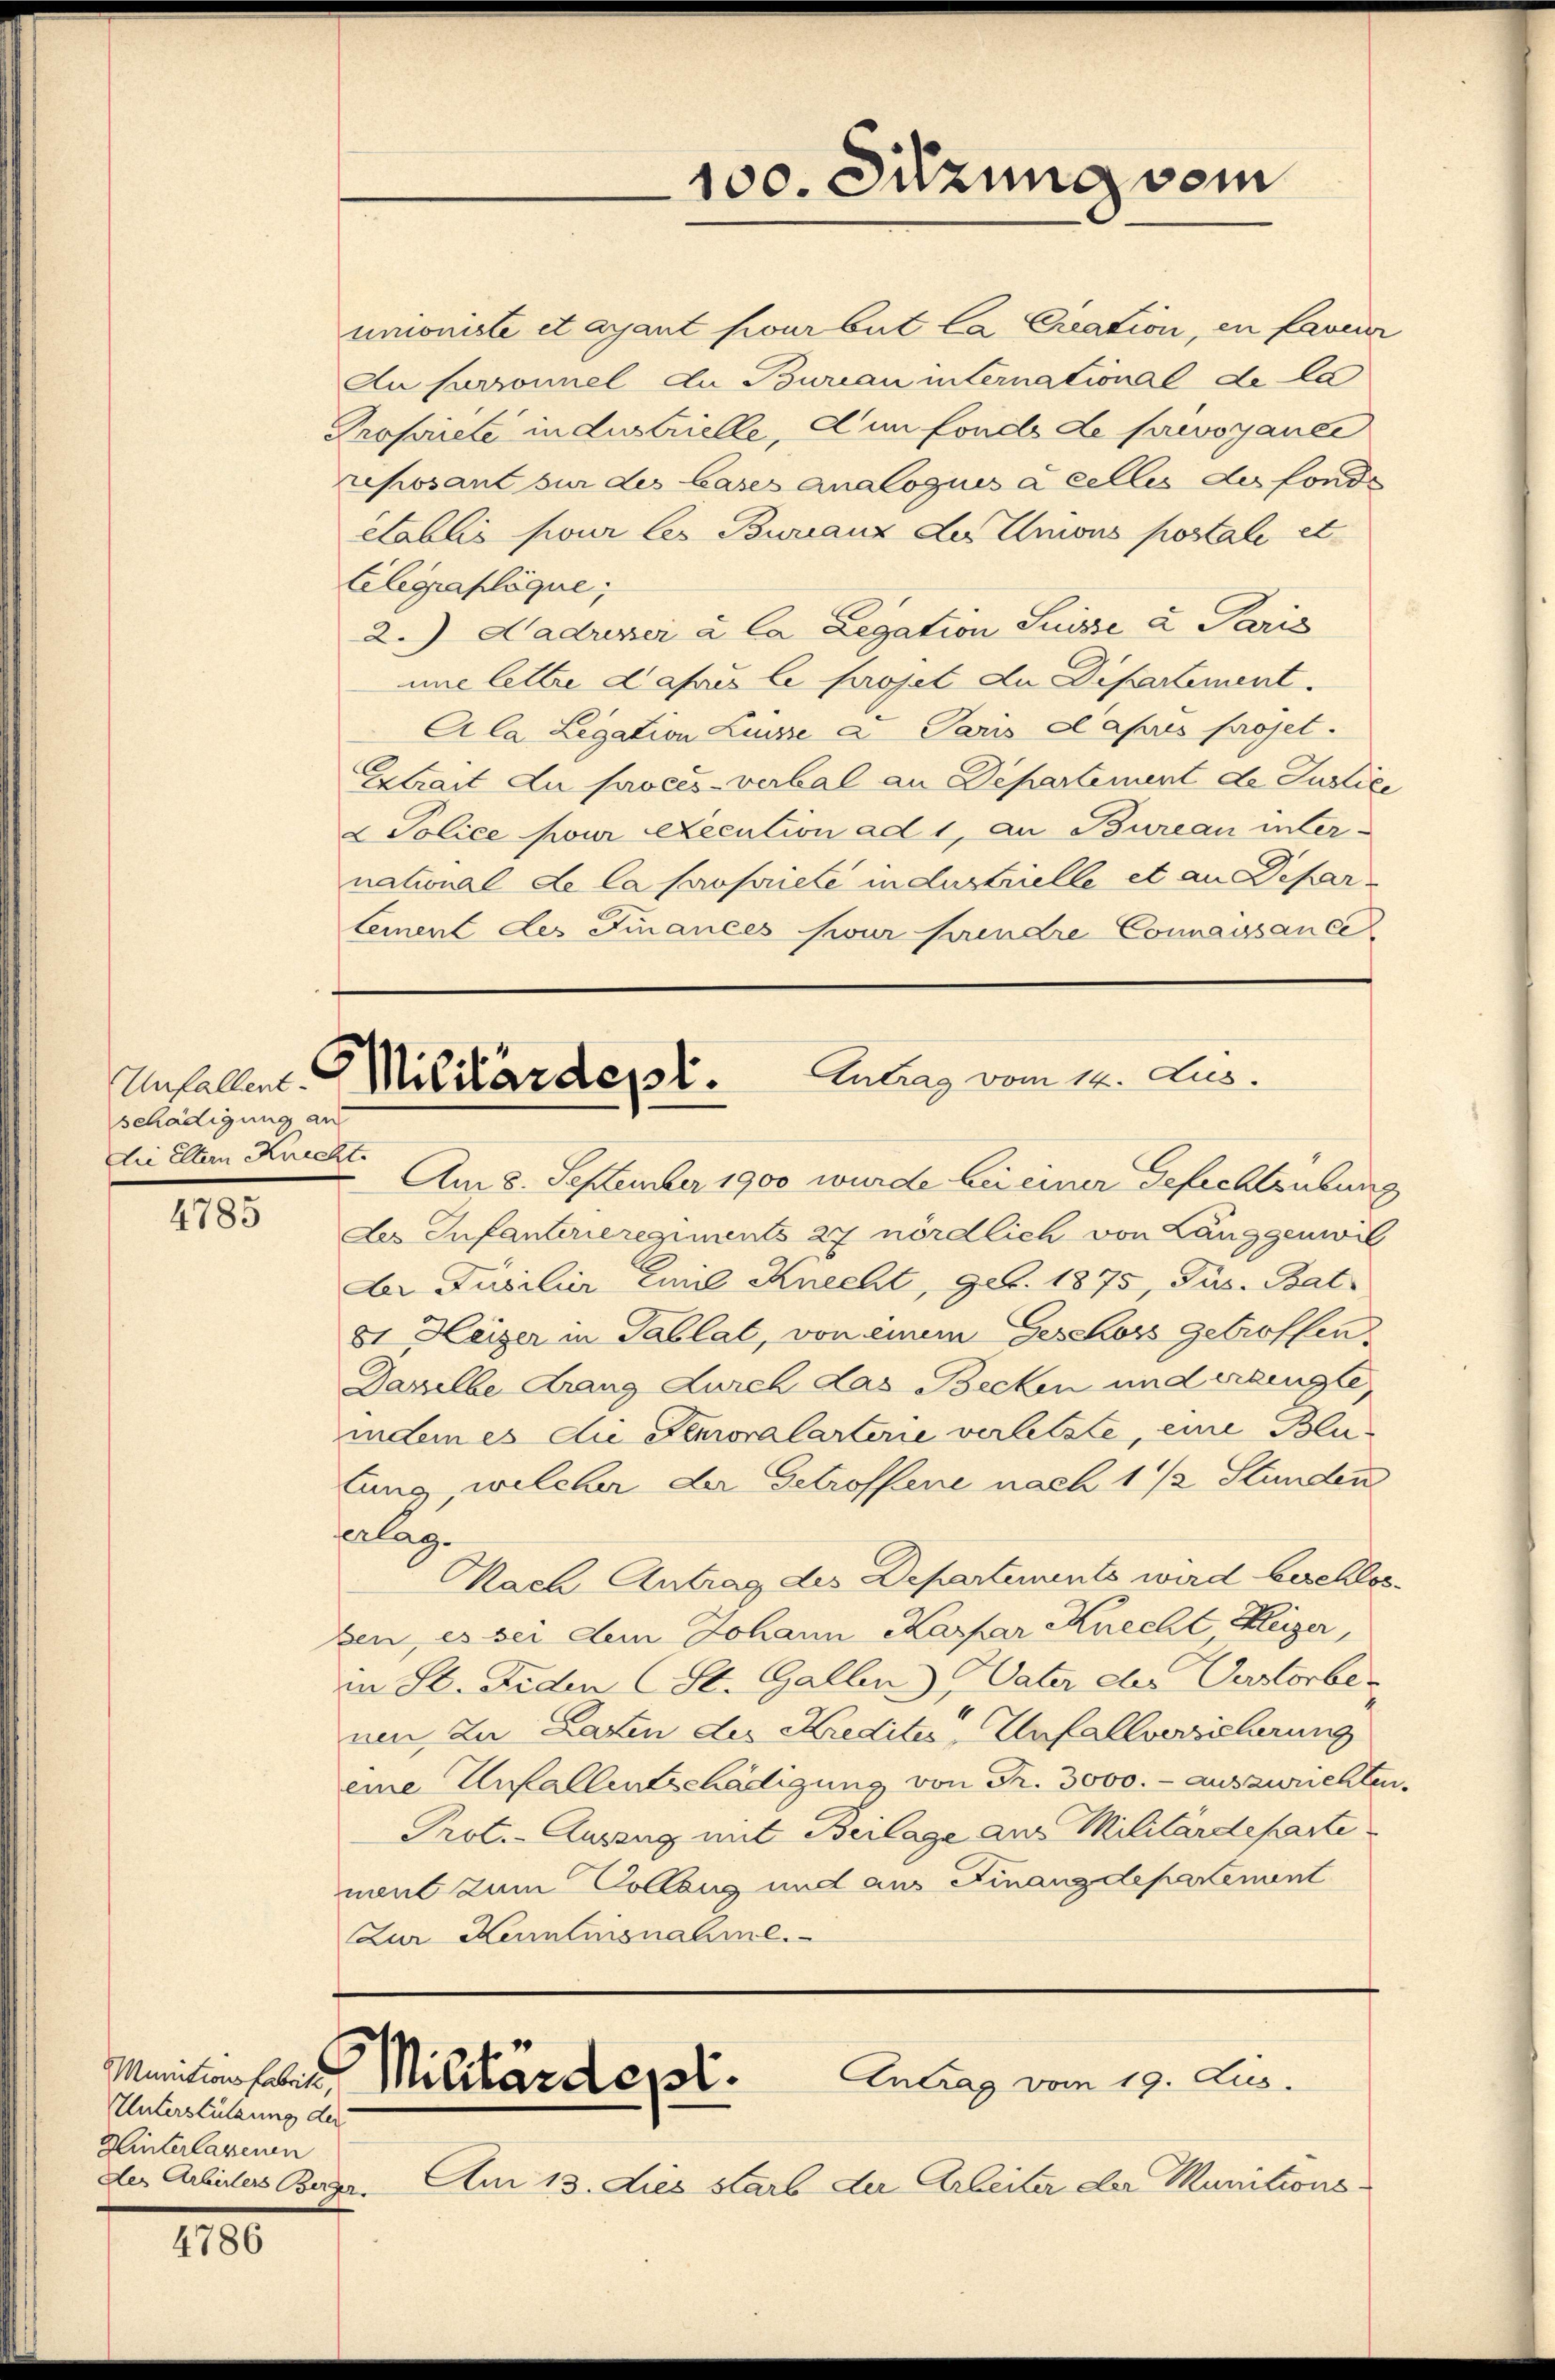
schädigung an
die Eltern Knecht.

4785

Munitionsfabrike
Unterstützung der
Winterlassenen
der Arbeiters Berger,

4786

100. Sitzung vom

umoniste et ayant pour but la Creation, en faveur
An Cursonnel du Bureau international de la
Propriete industrielle, d’un fonds de provozance
reposant sur des Bases analogues à celles des fonde
etablis pour les Buranz der Unions postale et
telegraplique;
2.) Hadresser à la Legation Suisse a Paris
une letter dass le projet du Dipartement.
Ala Legation Lisse a Paris Capres projet.
Extrait du procès-verbal an Departement de Justice
2 Police pour execution ad 1, an Bureau inter-
national de la propriete industrielle et an Depar-
lement des Finances pour fandre Connaissance

Antrag vom 14. Aus
Unfallen. Militärdept.

Am 8. September 1900 wurde bei einer Gefechtsübung
des Infanterieregiments 27 nördlich von Langgenwil
Der Jusilier Emil Knecht, geb. 1875, Pus. Bat
8t Heizer in Tablat, von einem Geschoss getroffen.
Daselbe drang durch das Becken und erlingte,
indem es die Senioralarterie verletzte, eine Blu
tung, welcher der Getroffene nach 1 1/2 Stunden
Verlag.
Nach Antrag des Departements wird beschlos
ben, es sei dem Johann Kaspar Knecht Klegger,
in St. Jeden St. Gallen, Vater der Verstorber
nen, zu Lasten der Krediter Unfallversicherung
eine Unfallentschädigung von Fr. 3000.- auszurichten.
Prot. - Auszug mit Beilage aus Militärdeparte
ment zum Collaus und aus Finanzdepartement
Zur Kenntnisnahme.

Antrag vom 19. Aus
Militardest.

Am 13. dies starb der Arbeiter der Munitions-